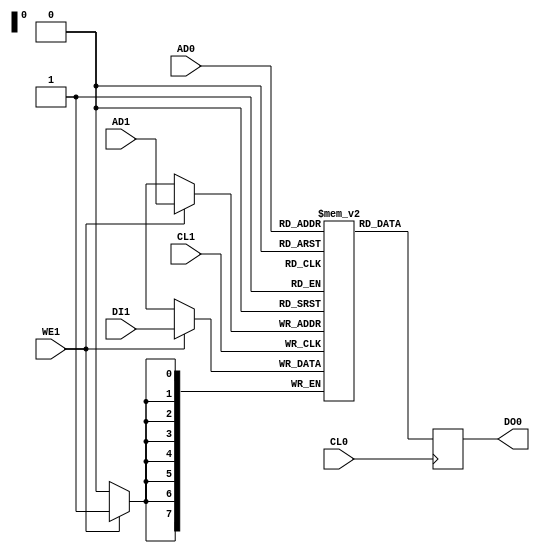
// This program was cloned from: https://github.com/MiSTeX-devel/MiSTeX-ports
// License: BSD 3-Clause "New" or "Revised" License

// Copyright (c) 2017,19 MiSTer-X

module DLROM #(parameter AW=8,parameter DW=8)
(
	input							CL0,
	input [(AW-1):0]			AD0,
	output reg [(DW-1):0]	DO0,

	input							CL1,
	input [(AW-1):0]			AD1,
	input	[(DW-1):0]			DI1,
	input							WE1
);

reg [(DW-1):0] core[0:((2**AW)-1)];

always @(posedge CL0) DO0 <= core[AD0];
always @(posedge CL1) if (WE1) core[AD1] <= DI1;

endmodule


//----------------------------------
//  2K SRAM
//----------------------------------
module SRAM_2048( CL, ADRS, OUT, WR, IN );

input				CL;
input  [10:0]	ADRS;
output [7:0]	OUT;
input				WR;
input  [7:0]	IN;


reg [7:0] ramcore [0:2047];
reg [7:0] OUT;

always @( posedge CL ) begin
	if (WR) ramcore[ADRS] <= IN;
	else OUT <= ramcore[ADRS];
end


endmodule

`ifdef DONTUSE
//----------------------------------
//  4K SRAM
//----------------------------------
module SRAM_4096(
	input					clk,
	input	    [11:0]	adrs,
	output reg [7:0]	out,
	input					wr,
	input		  [7:0]	in
);

reg [7:0] ramcore [0:4095];

always @( posedge clk ) begin
	if (wr) ramcore[adrs] <= in;
	else out <= ramcore[adrs];
end

endmodule 
`endif


//----------------------------------
//  DualPort RAM
//----------------------------------
module DPRAM2048
(
	input					clk0,
	input [10:0]		adr0,
	input  [7:0]		dat0,
	input					wen0,

	input					clk1,
	input [10:0]		adr1,
	output reg [7:0]	dat1,

	output reg [7:0]	dtr0
);

reg [7:0] core [0:2047];

always @( posedge clk0 ) begin
	if (wen0) core[adr0] <= dat0;
	else dtr0 <= core[adr0];
end

always @( posedge clk1 ) begin
	dat1 <= core[adr1];
end

endmodule


module DPRAM1024
(
	input					clk0,
	input  [9:0]		adr0,
	input  [7:0]		dat0,
	input					wen0,

	input					clk1,
	input  [9:0]		adr1,
	output reg [7:0]	dat1,

	output reg [7:0]	dtr0
);

reg [7:0] core [0:1023];

always @( posedge clk0 ) begin
	if (wen0) core[adr0] <= dat0;
	else dtr0 <= core[adr0];
end

always @( posedge clk1 ) begin
	dat1 <= core[adr1];
end

endmodule


module DPRAM2048_8_16
(
	input					clk0,
	input  [10:0]		adr0,
	input   [7:0]		dat0,
	input					wen0,

	input					clk1,
	input   [9:0]		adr1,
	output [15:0]		dat1,

	output  [7:0]		dtr0
);

wire [7:0] do0, do1;
wire [7:0] doH, doL;

DPRAM1024 core0( clk0, adr0[10:1], dat0, wen0 & (~adr0[0]), clk1, adr1, doL, do0 );
DPRAM1024 core1( clk0, adr0[10:1], dat0, wen0 &   adr0[0],  clk1, adr1, doH, do1 );

assign dtr0 = adr0[0] ? do1 : do0;
assign dat1 = { doH, doL };

endmodule


//----------------------------------
//  VRAM
//----------------------------------
module VRAMs
(
	input					clk0,
	input       [9:0]	adr0,
	output reg  [7:0]	dat0,
	input       [7:0]	dtw0,
	input					wen0,

	input					clk1,
	input       [9:0]	adr1,
	output reg  [7:0]	dat1
);

reg [7:0] core [0:1023];

always @( posedge clk0 ) begin
	if (wen0) core[adr0] <= dtw0;
	else dat0 <= core[adr0];
end

always @( posedge clk1 ) begin
	dat1 <= core[adr1];
end

endmodule

module VRAM
(
	input					clk0,
	input     [10:0]	adr0,
	output     [7:0]	dat0,
	input      [7:0]	dtw0,
	input					wen0,

	input					clk1,
	input       [9:0]	adr1,
	output     [15:0]	dat1
);

wire even = ~adr0[0];
wire  odd =  adr0[0];

wire [7:0] do00, do01, do10, do11;
VRAMs ram0( clk0, adr0[10:1], do00, dtw0, wen0 & even, clk1, adr1, do10 );
VRAMs ram1( clk0, adr0[10:1], do01, dtw0, wen0 &  odd, clk1, adr1, do11 );

assign dat0 = adr0[0] ? do01 : do00;
assign dat1 = { do11, do10 };

endmodule


//----------------------------------
//  ScanLine Buffer
//----------------------------------
module LineBuf
(
	input	   			clkr,
	input	     [9:0]	radr,
	input	   			clre,
	output reg [10:0]	rdat,
	
	input	    			clkw,
	input	      [9:0]	wadr,
	input	     [10:0]	wdat,
	input	    			we,
	output reg [10:0]	rdat1
);

reg [10:0] ram[1023:0];

always @(posedge clkr) begin
	if(clre) begin
		ram[radr] <= 0;
		rdat <= 0;
	end
	else begin
		rdat <= ram[radr];
	end
end

always @(posedge clkw) begin
	if(we) begin
		ram[wadr] <= wdat;
		rdat1 <= wdat;
	end
	else begin
		rdat1 <= ram[wadr];
	end
end

endmodule


//----------------------------------
//  Data Selector (32bits)
//----------------------------------
module dataselector1_32(

	output [31:0] oDATA,

	input iSEL0,
	input [31:0] iDATA0,

	input [31:0] dData
);

assign oDATA = iSEL0 ? iDATA0 :
					dData;

endmodule


//----------------------------------
//  Data Selector 3 to 1
//----------------------------------
module dataselector3(

	output [7:0] oDATA,

	input iSEL0, input [7:0] iDATA0,
	input iSEL1, input [7:0] iDATA1,
	input iSEL2, input [7:0] iDATA2,

	input [7:0] dData
);

assign oDATA = iSEL0 ? iDATA0 :
					iSEL1 ? iDATA1 :
					iSEL2 ? iDATA2 :
					dData;

endmodule


//----------------------------------
//  Data Selector 2 to 1 (11bits)
//----------------------------------
module dataselector2_11(

	output [10:0] oDATA,

	input iSEL0, input [10:0] iDATA0,
	input iSEL1, input [10:0] iDATA1,

	input [10:0] dData
);

assign oDATA = iSEL0 ? iDATA0 :
					iSEL1 ? iDATA1 :
					dData;

endmodule


//----------------------------------
//  Data Selector 5 to 1
//----------------------------------
module dataselector5(

	output [7:0] oDATA,

	input iSEL0, input [7:0] iDATA0,
	input iSEL1, input [7:0] iDATA1,
	input iSEL2, input [7:0] iDATA2,
	input iSEL3, input [7:0] iDATA3,
	input iSEL4, input [7:0] iDATA4,

	input [7:0] dData
);

assign oDATA = iSEL0 ? iDATA0 :
					iSEL1 ? iDATA1 :
					iSEL2 ? iDATA2 :
					iSEL3 ? iDATA3 :
					iSEL4 ? iDATA4 :
					dData;

endmodule


//----------------------------------
//  Data Selector 6 to 1
//----------------------------------
module dataselector6(

	output [7:0] oDATA,

	input iSEL0, input [7:0] iDATA0,
	input iSEL1, input [7:0] iDATA1,
	input iSEL2, input [7:0] iDATA2,
	input iSEL3, input [7:0] iDATA3,
	input iSEL4, input [7:0] iDATA4,
	input iSEL5, input [7:0] iDATA5,

	input [7:0] dData
);

assign oDATA = iSEL0 ? iDATA0 :
					iSEL1 ? iDATA1 :
					iSEL2 ? iDATA2 :
					iSEL3 ? iDATA3 :
					iSEL4 ? iDATA4 :
					iSEL5 ? iDATA5 :
					dData;

endmodule